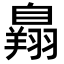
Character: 𦤥